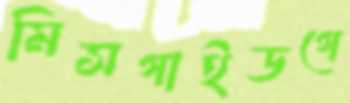
মিসগাইডগে